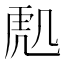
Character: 𮓟